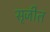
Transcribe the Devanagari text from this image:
सृजीत